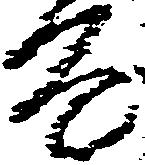
房